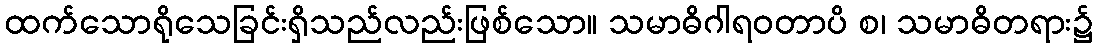
ထက်သောရိုသေခြင်းရှိသည်လည်းဖြစ်သော။ သမာဓိဂါရဝတာပိ စ၊ သမာဓိတရား၌